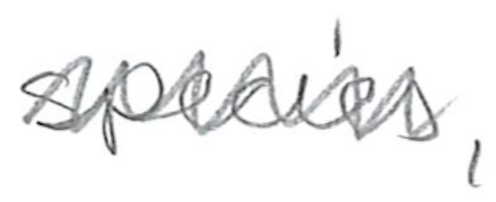
Text: species,
Cross-out: mix
Writing tool: pencil